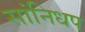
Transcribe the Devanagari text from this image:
सांनिधप